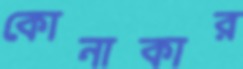
কোনাকার